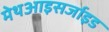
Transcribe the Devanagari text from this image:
मेथआइसर्जाइड